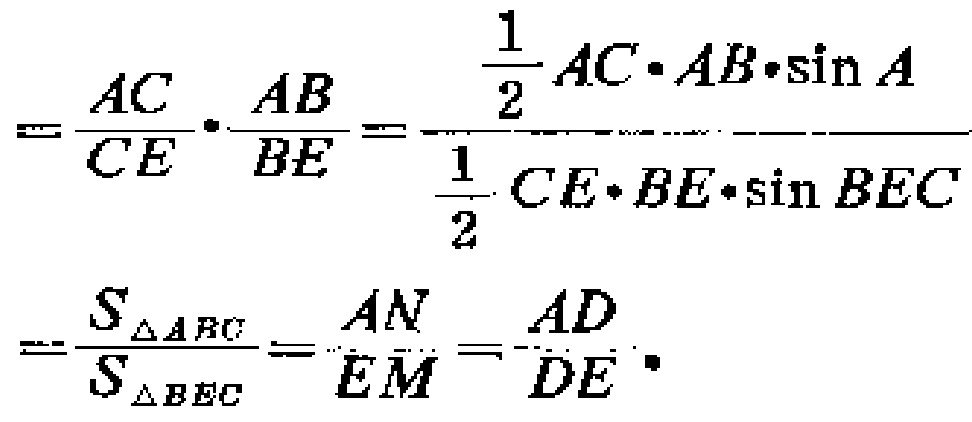
\[
=\frac{AC}{CE}\cdot\frac{AB}{BE}=\frac{\frac{1}{2}AC\cdot AB\cdot\sin A}{\frac{1}{2}CE\cdot BE\cdot\sin BEC}
=\frac{S_{\triangle ABC}}{S_{\triangle BEC}}=\frac{AN}{EM}=\frac{AD}{DE}\cdot
\]